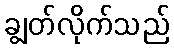
ချွတ်လိုက်သည်